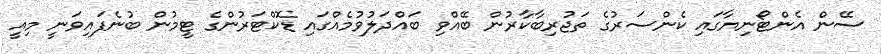
ސޭން އެންޓޯނިޔާގައި ކެންސަރުގެ ތަޖުރިބާކާރުން ބޭއްވި ބައްދަލުވުމެއްގައި ޑޮކްޓަރުންގެ ޓީމުން ބުނެފައިވަނީ މިއީ